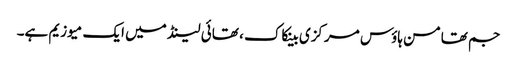
جم تھامسن ہاؤس مرکزی بینکاک ، تھائی لینڈ میں ایک میوزیم ہے۔